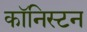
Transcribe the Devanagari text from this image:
कॉनिस्टन